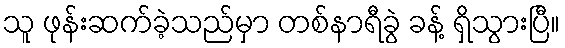
သူ ဖုန်းဆက်ခဲ့သည်မှာ တစ်နာရီခွဲ ခန့် ရှိသွားပြီ။